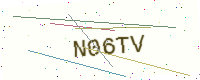
Text: N06TV